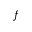
\boldsymbol { f }